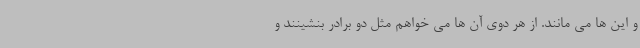
و این ها می مانند. از هر دوی آن ها می خواهم مثل دو برادر بنشینند و